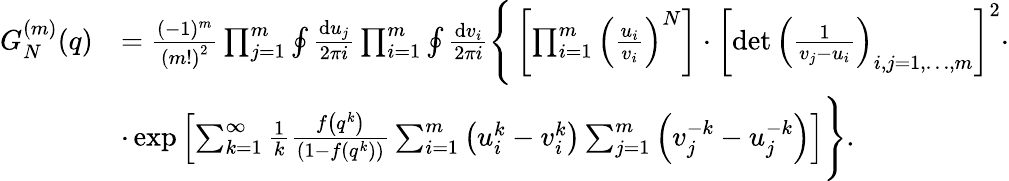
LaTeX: \begin{array}{rl}{G_{N}^{(m)}(q)}&{=\frac{(-1)^{m}}{\left(m!\right)^{2}}\prod_{j=1}^{m}\oint\frac{{\mathrm{d}}u_{j}}{2\pi i}\prod_{i=1}^{m}\oint\frac{{\mathrm{d}}v_{i}}{2\pi i}\Bigg\{ \left[\prod_{i=1}^{m}\left(\frac{u_{i}}{v_{i}}\right)^{N}\right]\cdot\left[\operatorname*{det}\left(\frac{1}{v_{j}-u_{i}}\right)_{i,j=1,\dots,m}\right]^{2}\cdot}\\ &{\cdot\exp\left[\sum_{k=1}^{\infty}\frac{1}{k}\frac{f\left(q^{k}\right)}{\left(1-f\left(q^{k}\right)\right)}\sum_{i=1}^{m}\left(u_{i}^{k}-v_{i}^{k}\right)\sum_{j=1}^{m}\left(v_{j}^{-k}-u_{j}^{-k}\right)\right]\Bigg\} .}\end{array}